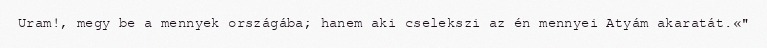
Uram!, megy be a mennyek országába; hanem aki cselekszi az én mennyei Atyám akaratát.«"